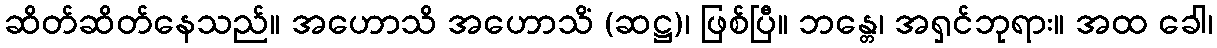
ဆိတ်ဆိတ်နေသည်။ အဟောသိ အဟောသိံ (ဆဋ္ဌ)၊ ဖြစ်ပြီ။ ဘန္တေ၊ အရှင်ဘုရား။ အထ ခေါ၊